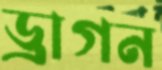
ড্রাগন